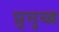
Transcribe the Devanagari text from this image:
प्रुमुख